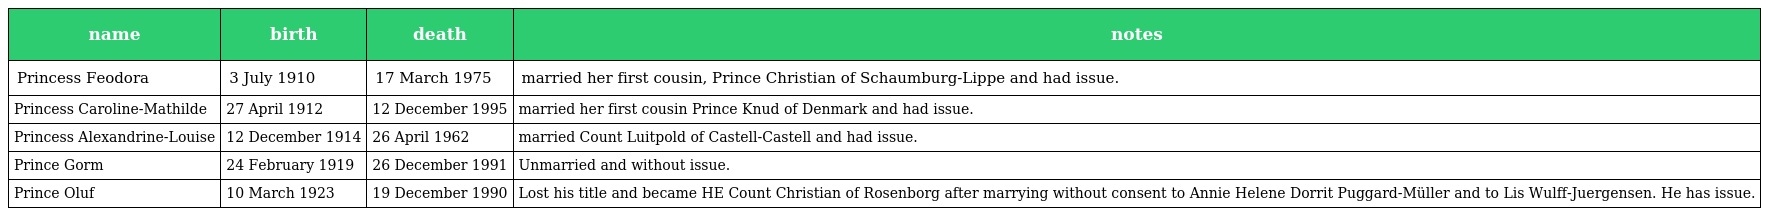
| name | birth | death | notes |
 | --- | --- | --- | --- |
 | Princess Feodora | 3 July 1910 | 17 March 1975 | married her first cousin, Prince Christian of Schaumburg-Lippe and had issue. |
 | Princess Caroline-Mathilde | 27 April 1912 | 12 December 1995 | married her first cousin Prince Knud of Denmark and had issue. |
 | Princess Alexandrine-Louise | 12 December 1914 | 26 April 1962 | married Count Luitpold of Castell-Castell and had issue. |
 | Prince Gorm | 24 February 1919 | 26 December 1991 | Unmarried and without issue. |
 | Prince Oluf | 10 March 1923 | 19 December 1990 | Lost his title and became HE Count Christian of Rosenborg after marrying without consent to Annie Helene Dorrit Puggard-Müller and to Lis Wulff-Juergensen. He has issue. |